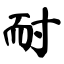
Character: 耐